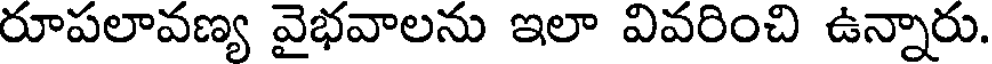
రూపలావణ్య వైభవాలను ఇలా వివరించి ఉన్నారు.